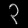
Digit: ၃